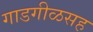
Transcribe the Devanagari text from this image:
गाडगीळसह